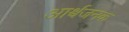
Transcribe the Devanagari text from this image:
आर्श्र्वजनक